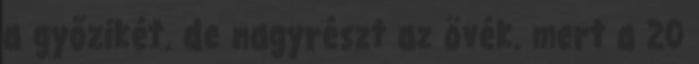
a győzikét. de nagyrészt az övék. mert a 20